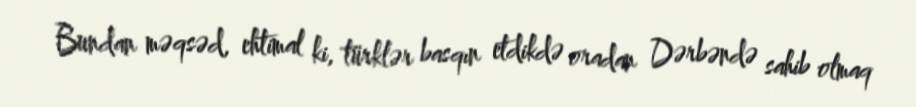
Bundan məqsəd, ehtimal ki, türklər basqın etdikdə oradan Dərbəndə sahib olmaq